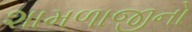
શામળાજીનો